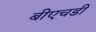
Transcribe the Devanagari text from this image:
बीएचडी